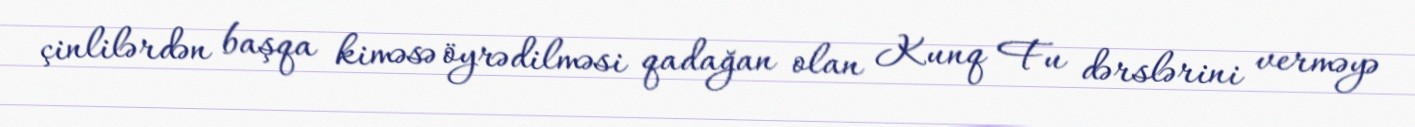
çinlilərdən başqa kiməsə öyrədilməsi qadağan olan Kunq Fu dərslərini verməyə